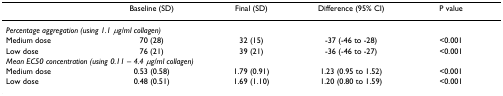
<table><thead><tr><td></td><td><b>Baseline (SD)</b></td><td><b>Final (SD)</b></td><td><b>Difference (95% CI)</b></td><td><b>P value</b></td></tr></thead><tbody><tr><td colspan="5"><i>Percentage aggregation (using 1.1 μg/ml collagen)</i></td></tr><tr><td>Medium dose</td><td>70 (28)</td><td>32 (15)</td><td>-37 (-46 to -28)</td><td>&lt;0.001</td></tr><tr><td>Low dose</td><td>76 (21)</td><td>39 (21)</td><td>-36 (-46 to -27)</td><td>&lt;0.001</td></tr><tr><td colspan="5"><i>Mean EC50 concentration (using 0.11 – 4.4 μg/ml collagen)</i></td></tr><tr><td>Medium dose</td><td>0.53 (0.58)</td><td>1.79 (0.91)</td><td>1.23 (0.95 to 1.52)</td><td>&lt;0.001</td></tr><tr><td>Low dose</td><td>0.48 (0.51)</td><td>1.69 (1.10)</td><td>1.20 (0.80 to 1.59)</td><td>&lt;0.001</td></tr></tbody></table>